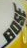
BOSE